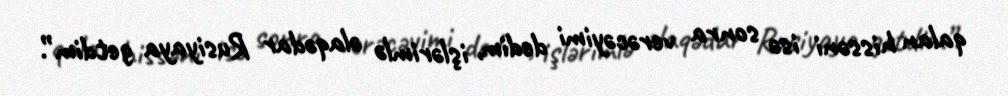
qalan hissəni isə sonra verəcəyimi dedim, işlərimlə əlaqədar Rusiyaya getdim”.